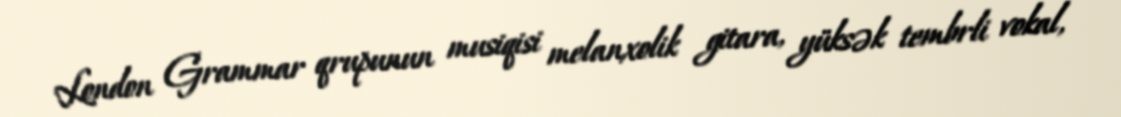
London Grammar qrupunun musiqisi melanxolik gitara, yüksək tembrli vokal,